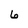
Character: 6